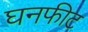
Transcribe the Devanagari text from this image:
घनफीट